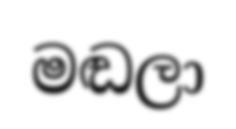
මඬලා